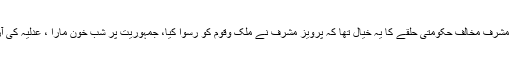
دوسری طرف مشرف مخالف حکومتی حلقے کا یہ خیال تھا کہ پرویز مشرف نے ملک وقوم کو رسوا کیا، جمہوریت پر شب خون مارا ، عدلیہ کی آزادی سلب کی۔